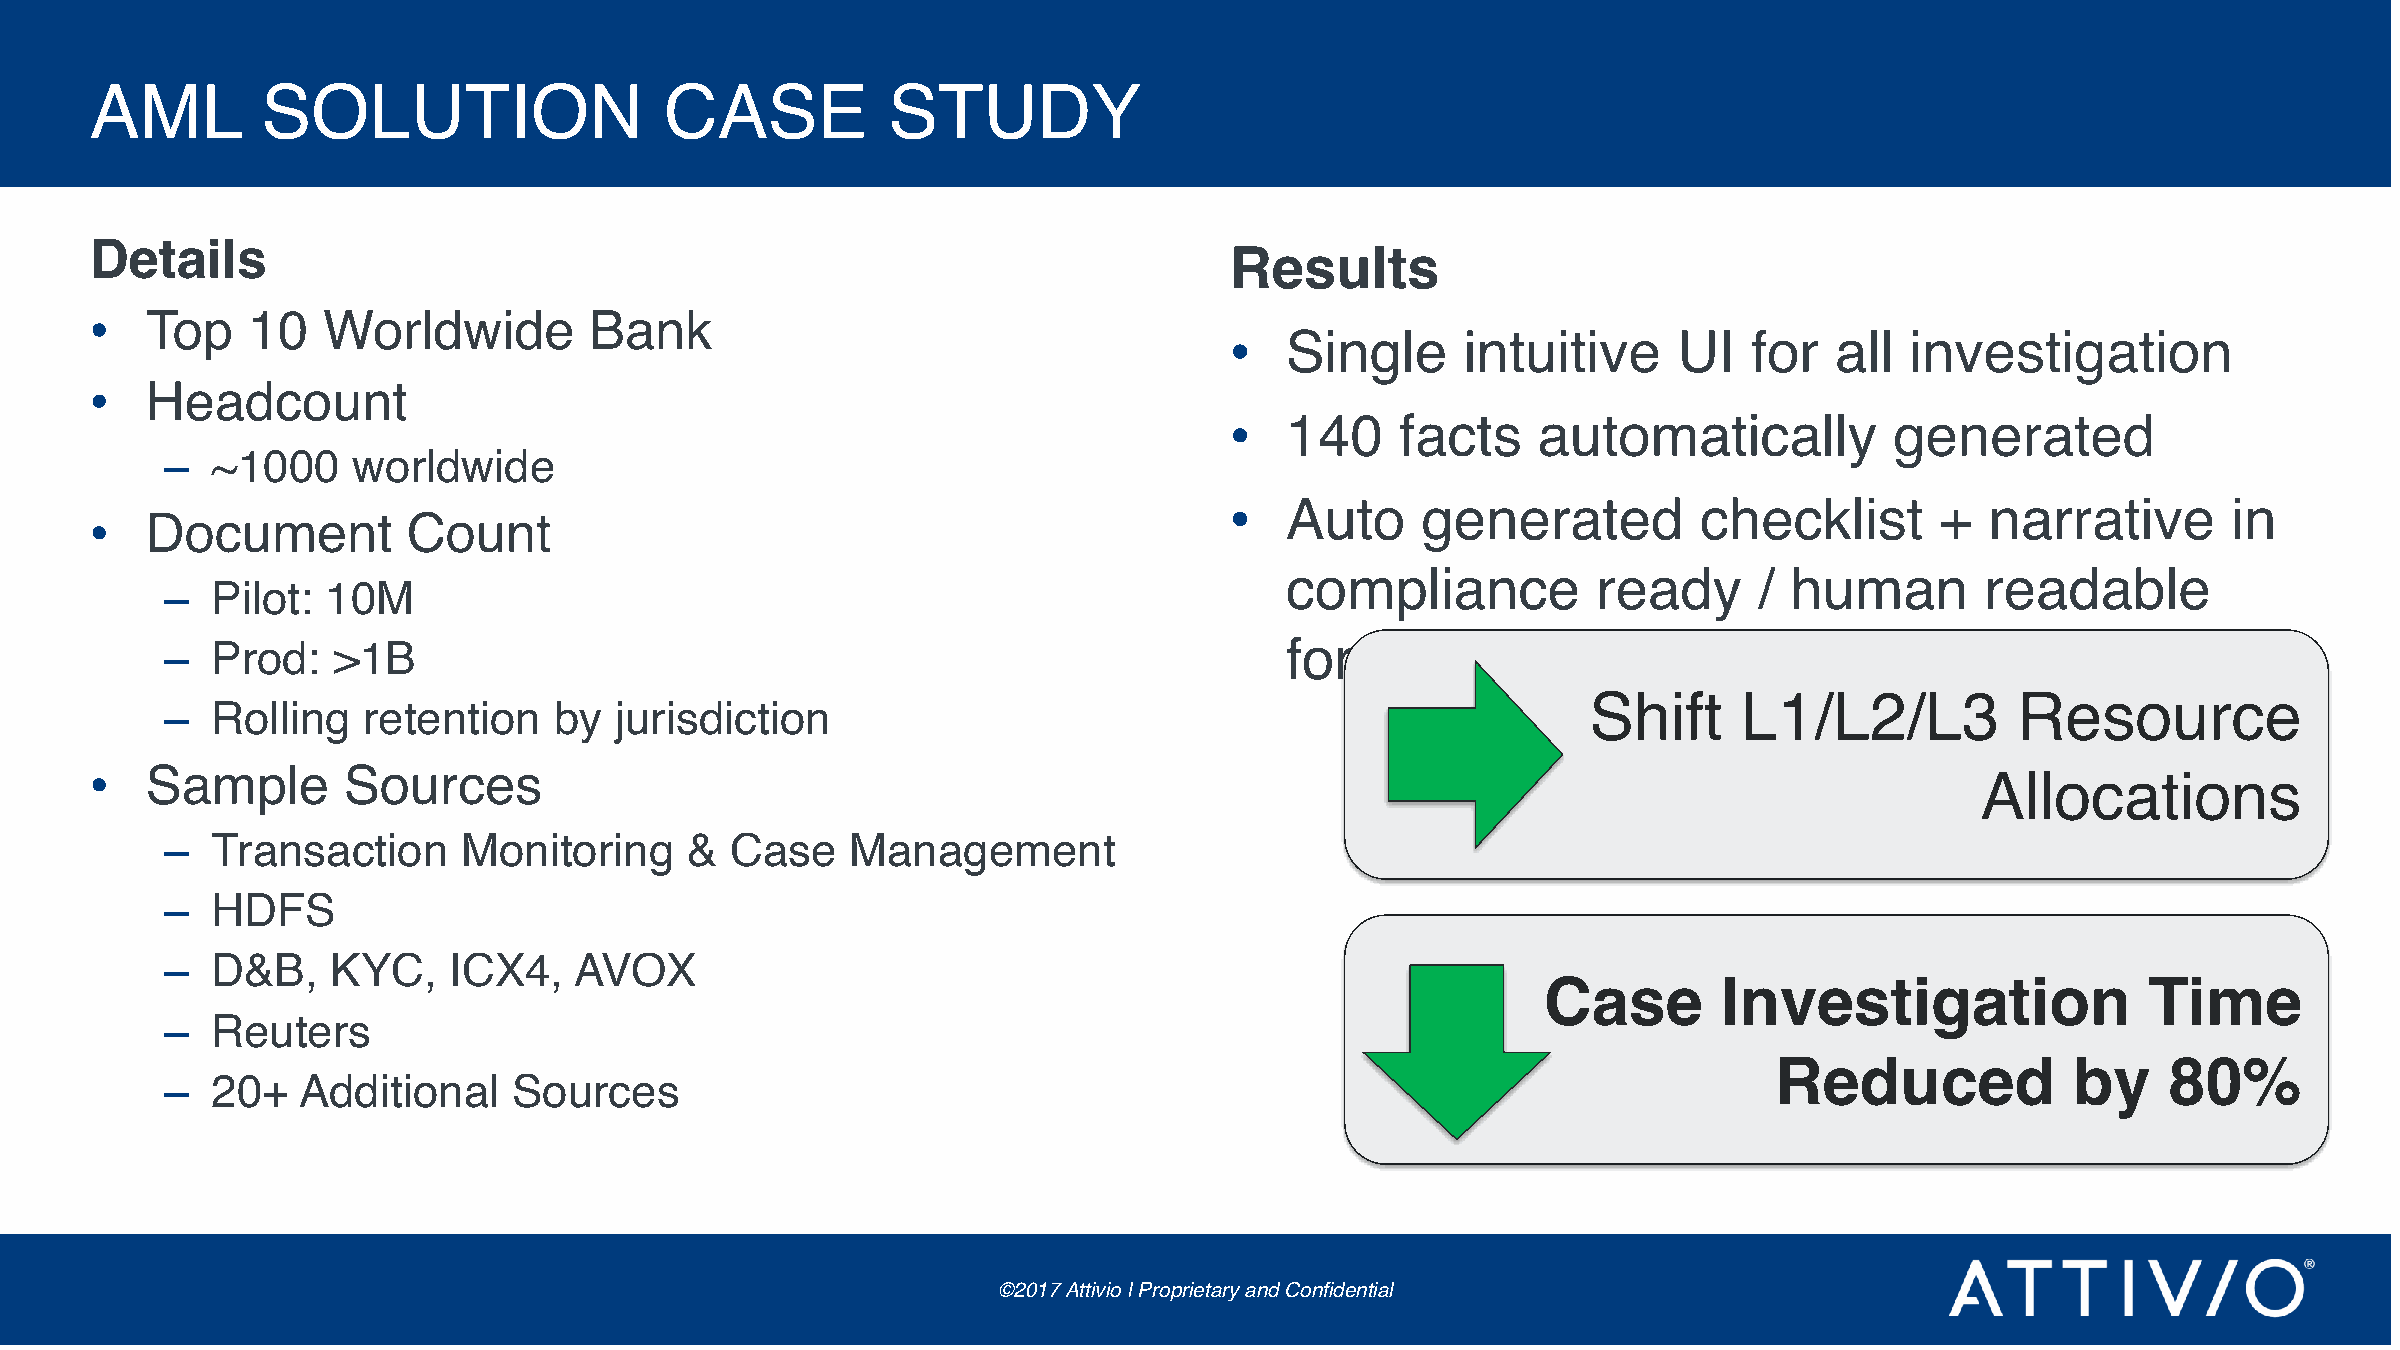
AML        SOLUTION                   CASE           STUDY
 Details
 Results
 •   Top   10   Worldwide         Bank
 •   Single      intuitive     UI   for  all  investigation
 •   Headcount
 •   140     facts    automatically          generated
 –  ~1000    worldwide
 •   Auto     generated          checklist      +   narrative       in
 •   Document         Count
 compliance           ready     /  human       readable
 –  Pilot:  10M
 –  Prod:   >1B                                                            form
 Shift     L1/L2/L3           Resource
 –  Rolling   retention    by  jurisdiction
 •   Sample       Sources                                                                                                     Allocations
 –  Transaction      Monitoring    &  Case    Management
 –  HDFS
 –  D&B,    KYC,    ICX4,   AVOX
 Case        Investigation               Time
 –  Reuters
 Reduced             by     80%
 –  20+   Additional    Sources
 ©2017 Attivio | Proprietary and Confidential